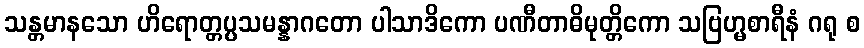
သန္တမာနသော ဟိရောတ္တပ္ပသမန္နာဂတော ပါသာဒိကော ပဏီတာဓိမုတ္တိကော သဗြဟ္မစာရီနံ ဂရု စ